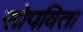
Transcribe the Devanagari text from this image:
सोपविता